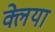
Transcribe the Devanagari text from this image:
क्लेया